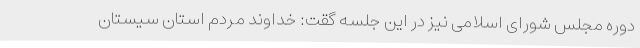
دوره مجلس شورای اسلامی نیز در این جلسه گقت: خداوند مردم استان سیستان